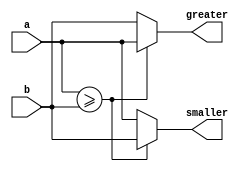
module absolute(input [7:0]a,b,output [7:0]greater,smaller);
assign greater=(a>=b)?a:b;
assign smaller=(a>=b)?b:a;
endmodule